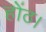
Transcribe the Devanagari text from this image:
होंठ।